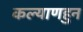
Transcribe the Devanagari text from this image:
कल्याणहुन